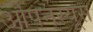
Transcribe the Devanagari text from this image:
ओपनस्यूस